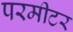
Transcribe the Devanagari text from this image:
परमीटर